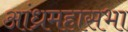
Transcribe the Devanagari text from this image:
आंध्रमहासभा